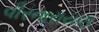
વીરનારાયણ